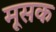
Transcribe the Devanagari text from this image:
मूसक